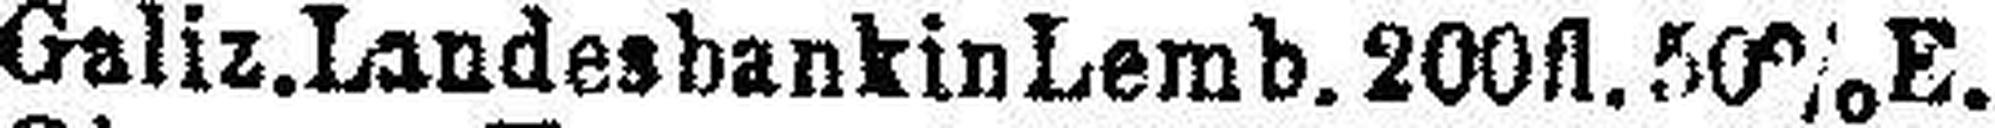
Galiz.Landesbankin Lemb. 200fl. 50% E.